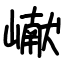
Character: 𪩘